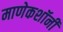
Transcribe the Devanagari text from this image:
माणेकशॉनी